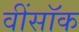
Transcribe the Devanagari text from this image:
वींसॉक